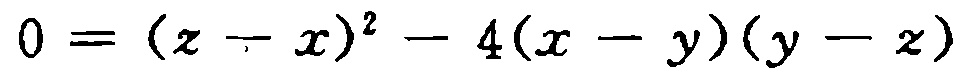
\(0 = (z - x)^{2} - 4(x - y)(y - z)\)